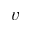
v